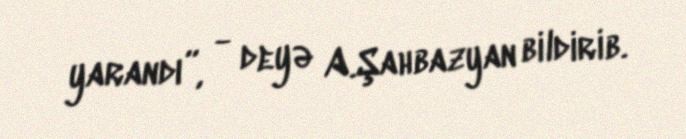
yarandı”, - deyə A.Şahbazyan bildirib.